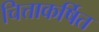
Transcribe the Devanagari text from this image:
चित्ताकर्षित